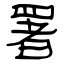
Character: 署